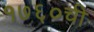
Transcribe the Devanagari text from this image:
१७६०ची